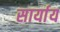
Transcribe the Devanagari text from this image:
सार्याय